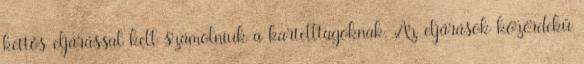
kettős eljárással kell számolniuk a kartelltagoknak. Az eljárások közérdekű